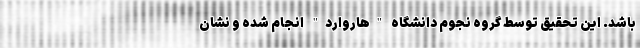
باشد. این تحقیق توسط گروه نجوم دانشگاه "هاروارد" انجام شده و نشان